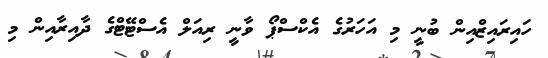
ހައިރައިޒްއިން ބުނީ މި އަހަރުގެ އެކްސްޕޯ ވާނީ ރިއަލް އެސްޓޭޓްގެ ދާއިރާއިން މި